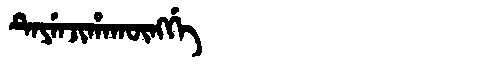
Manchu: ᡨᡝᠶᡝᠨᠵᡳᡥᠠᡴᡡᠩᡤᡝ
Romanization: TEYENJIHAKŪNGGE